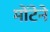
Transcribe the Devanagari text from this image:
मोंटेने